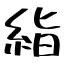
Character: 𥿻